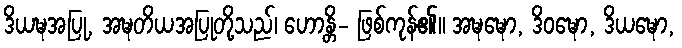
ဒိယဍ္ဎအပြု, အဍ္ဎတိယအပြုတို့သည်၊ ဟောန္တိ- ဖြစ်ကုန်၏။ အဍ္ဎဍ္ဎော, ဒိဝဍ္ဎော, ဒိယဍ္ဎော,